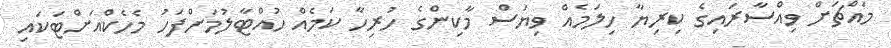
މައްޗަށް ވިއްސާރައިގެ ކިރިޔާ ހިލަމެއް ވިޔަސް މާކިންގެ ހުރިހާ ކަމެއް ހުއްޓާލުމަށްފަހު މެހެކްއަށްޓަކައި